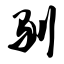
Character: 驯